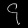
Digit: ၄